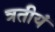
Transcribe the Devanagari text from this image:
त्रतीयं